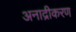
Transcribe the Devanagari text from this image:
अनाद्रीकरण